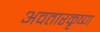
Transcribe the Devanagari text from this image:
अवतारकृष्ण